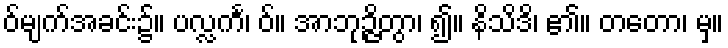
ဝ်မျက်အခင်း၌။ ပလ္လင်္က၊ ဝ်။ အာဘုဉ္ဇိတွာ၊ ၍။ နိသိဒိ၊ ၏။ တတော၊ မှ။